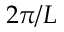
2 \pi / L